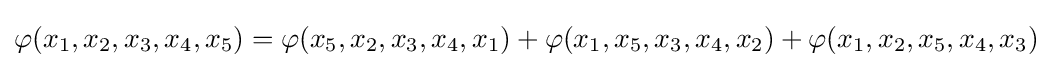
\varphi (x_{1},x_{2},x_{3},x_{4},x_{5})=\varphi (x_{5},x_{2},x_{3},x_{4},x_{1})+\varphi (x_{1},x_{5},x_{3},x_{4},x_{2})+\varphi (x_{1},x_{2},x_{5},x_{4},x_{3})